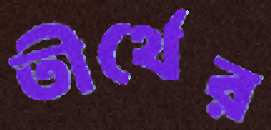
তীর্থের